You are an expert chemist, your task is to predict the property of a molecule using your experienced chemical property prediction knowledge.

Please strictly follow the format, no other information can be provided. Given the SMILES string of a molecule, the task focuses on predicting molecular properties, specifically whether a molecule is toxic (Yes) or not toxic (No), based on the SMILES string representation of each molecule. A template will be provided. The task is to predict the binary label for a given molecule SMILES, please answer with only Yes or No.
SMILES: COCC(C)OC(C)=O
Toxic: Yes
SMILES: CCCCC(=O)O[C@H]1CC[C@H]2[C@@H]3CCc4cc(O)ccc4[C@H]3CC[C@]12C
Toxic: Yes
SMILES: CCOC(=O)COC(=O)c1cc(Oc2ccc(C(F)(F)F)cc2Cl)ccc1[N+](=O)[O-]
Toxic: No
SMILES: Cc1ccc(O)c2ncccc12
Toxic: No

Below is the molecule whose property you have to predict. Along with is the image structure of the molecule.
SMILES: CCCCC(=O)N(Cc1ccc(-c2ccccc2-c2nnn[nH]2)cc1)[C@@H](C(=O)O)C(C)C
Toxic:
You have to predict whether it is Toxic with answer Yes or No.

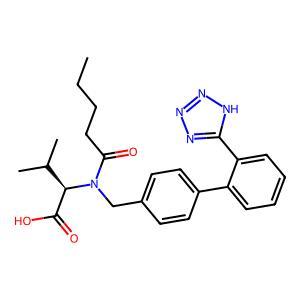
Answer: No